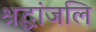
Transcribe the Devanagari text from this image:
श्रद्धांजलि